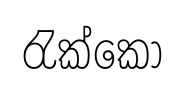
රැක්කෝ